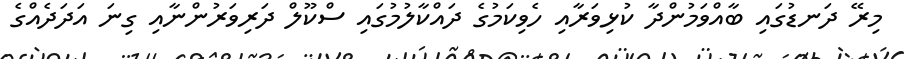
މިރޭ ދަނޑުގައި ބާއްވަމުންދާ ކުޅިވަރާއި ހެވިކަމުގެ ދައްކާލުމުގައި ސްކޫލް ދަރިވަރުންނާއި ގިނަ އަދަދެއްގެ